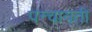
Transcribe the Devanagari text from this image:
पन्चायती